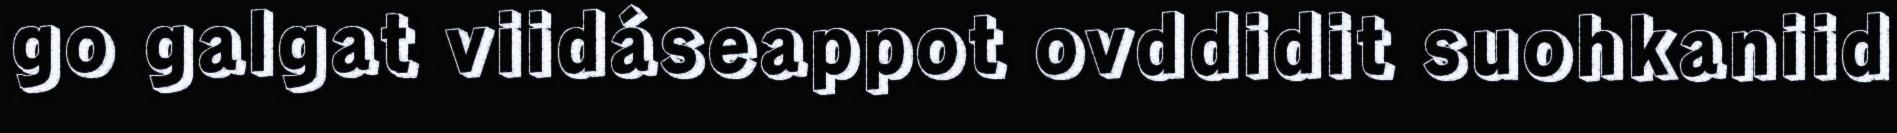
go galgat viidáseappot ovddidit suohkaniid